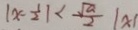
\vert x - \frac { 1 } { 2 } \vert < \frac { \sqrt { a } } { 2 } \vert x \vert